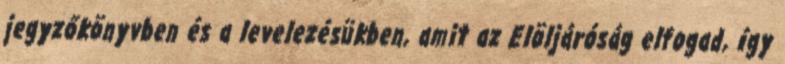
jegyzőkönyvben és a levelezésükben, amit az Elöljáróság elfogad, így